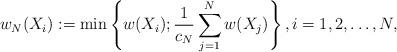
LaTeX: \begin{align*}w_{N}(X_{i}):=\min\left\{w(X_{i});\frac{1}{c_{N}}\sum_{j=1}^{N}w(X_{j})\right\},i=1,2,\dots, N,\end{align*}